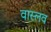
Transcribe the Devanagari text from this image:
वास्लव